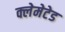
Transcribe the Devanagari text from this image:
क्लेमेटेड